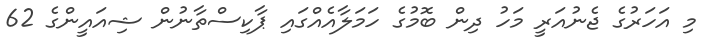
މި އަހަރުގެ ޖެނުއަރީ މަހު ދިން ބޮމުގެ ހަމަލާއެއްގައި ޕާކިސްތާނުން ޝިއައީންގެ 62